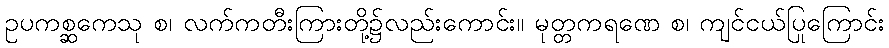
ဥပကစ္ဆကေသု စ၊ လက်ကတီးကြားတို့၌လည်းကောင်း။ မုတ္တကရဏေ စ၊ ကျင်ငယ်ပြုကြောင်း